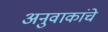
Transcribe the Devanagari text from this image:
अनुवाकांचे